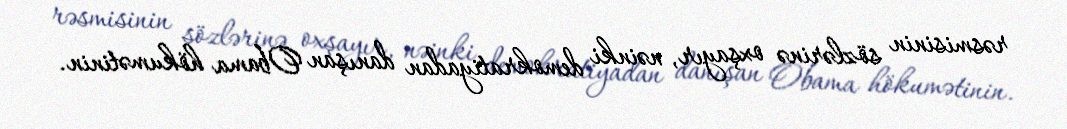
rəsmisinin sözlərinə oxşayır, nəinki demokratiyadan danışan Obama hökumətinin.